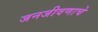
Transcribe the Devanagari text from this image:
जनजीवणाचे